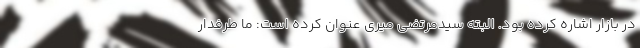
در بازار اشاره کرده بود. البته سیدمرتضی میری عنوان کرده است: ما طرفدار